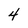
Character: 4